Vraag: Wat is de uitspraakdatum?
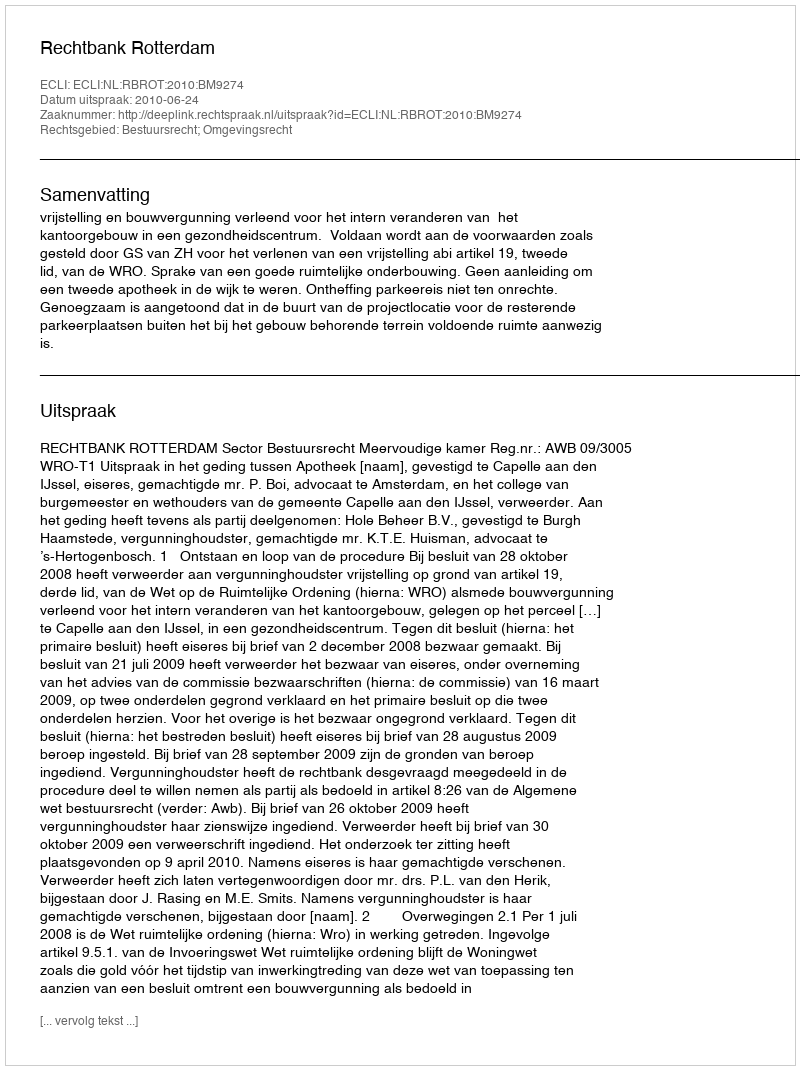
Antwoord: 2010-06-24